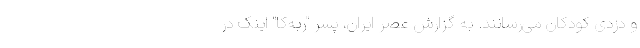
و دزدی کودکان می‌رسانند. به گزارش عصر ایران، پسر "ربه‌کا" اینک در